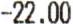
-22.00